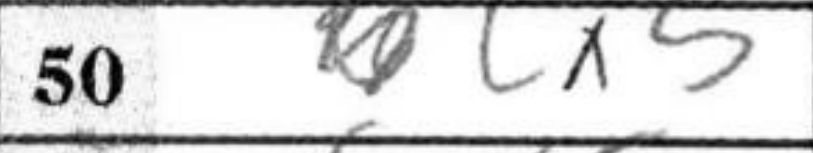
Transcription: cx5